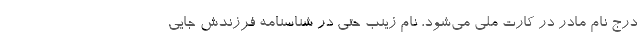
درج نام مادر در كارت ملي مي‌شود، نام زينب حتي در شناسنامه فرزندش جايي